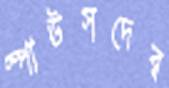
স্পাউসদের